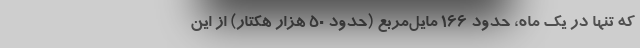
که تنها در یک ماه، حدود ۱۶۶ مایل‌مربع (حدود ۵۰ هزار هکتار) از این